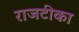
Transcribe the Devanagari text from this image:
राजटीका